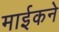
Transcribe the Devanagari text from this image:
माईकने